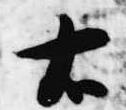
右